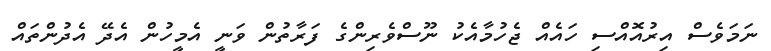
ނަމަވެސް އިރުއޮއްސި ހައެެއް ޖެހުމާއެކު ނޫސްވެރިންގެ ފަރާތުން ވަނީ އެމީހުން އެދޭ އެދުންތައް